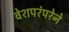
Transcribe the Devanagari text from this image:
वेशपरंपरेने